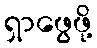
ရှာဖွေဖို့